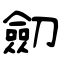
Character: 劎